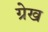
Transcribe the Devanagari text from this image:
ग्रेख